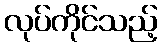
လုပ်ကိုင်သည့်